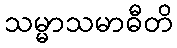
သမ္မာသမာဓီတိ